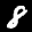
Label: 8